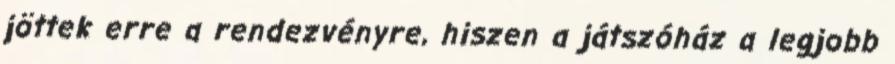
jöttek erre a rendezvényre, hiszen a játszóház a legjobb